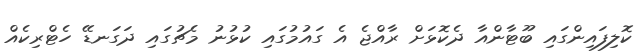
ކޮލިފައިންގައި ބޫޓާންއާ ދެކޮޅަށް ރާއްޖެ އެ ގައުމުގައި ކުޅުނު މެޗުގައި ދަގަނޑޭ ހެޓްރިކެއް